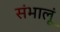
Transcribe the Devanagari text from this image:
संभालूं